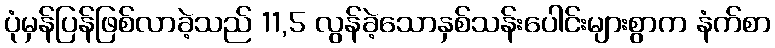
ပုံမှန်ပြန်ဖြစ်လာခဲ့သည် 11,5 လွန်ခဲ့သောနှစ်သန်းပေါင်းများစွာက နံက်စာ